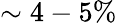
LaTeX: \sim 4-5\%